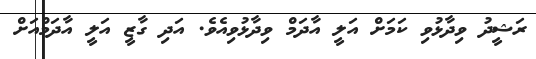
ރަޝީދު ވިދާޅުވި ކަމަށް އަލީ އާދަމް ވިދާޅުވިއެވެ. އަދި ގާޒީ އަލީ އާދަމްއަށް